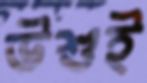
উশুই